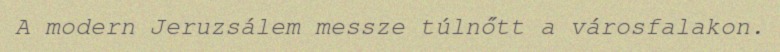
A modern Jeruzsálem messze túlnőtt a városfalakon.